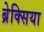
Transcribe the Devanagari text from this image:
ब्रेक्सिया